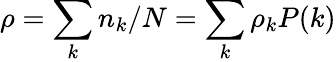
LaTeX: \rho=\sum_{k}n_{k}/N=\sum_{k}\rho_{k}P(k)